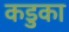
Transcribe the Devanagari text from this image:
कडुका